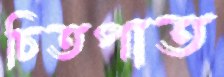
চিতপাত